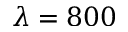
\lambda = 8 0 0